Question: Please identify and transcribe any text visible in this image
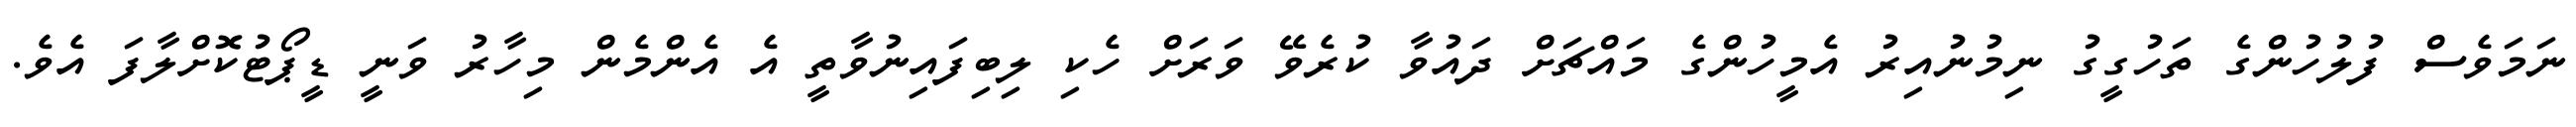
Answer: ނަމަވެސް ފުލުހުންގެ ތަހުގީގު ނިމުނުއިރު އެމީހުންގެ މައްޗަށް ދައުވާ ކުރެވޭ ވަރަށް ހެކި ލިބިފައިނުވާތީ އެ އެންމެން މިހާރު ވަނީ ޑީޕޯޓުކޮށްލާފަ އެވެ.